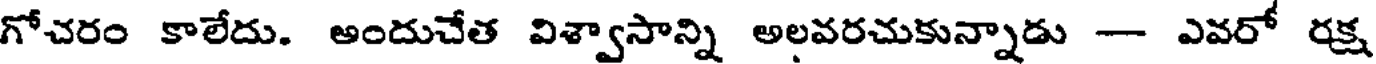
గోచరం కాలేదు. అందుచేత విశ్వాసాన్ని అలవరచుకున్నాడు -- ఎవరో రక్ష